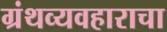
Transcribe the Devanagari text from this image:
ग्रंथव्यवहाराचा